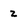
Character: Z